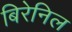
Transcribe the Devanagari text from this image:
बिरेनिल